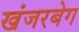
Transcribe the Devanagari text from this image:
खंजरबेग